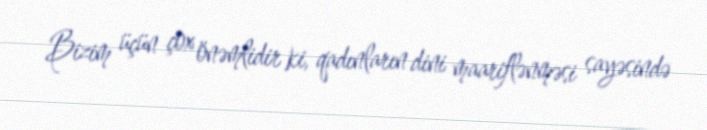
Bizim üçün çox önəmlidir ki, qadınların dini maariflənməsi sayəsində